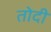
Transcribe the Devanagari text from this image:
तोदी